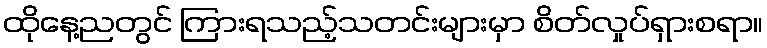
ထိုနေ့ညတွင် ကြားရသည့်သတင်းများမှာ စိတ်လှုပ်ရှားစရာ။